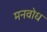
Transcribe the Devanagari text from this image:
मनवोध